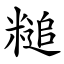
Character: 䊚